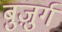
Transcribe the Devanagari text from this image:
बुजु़र्ग